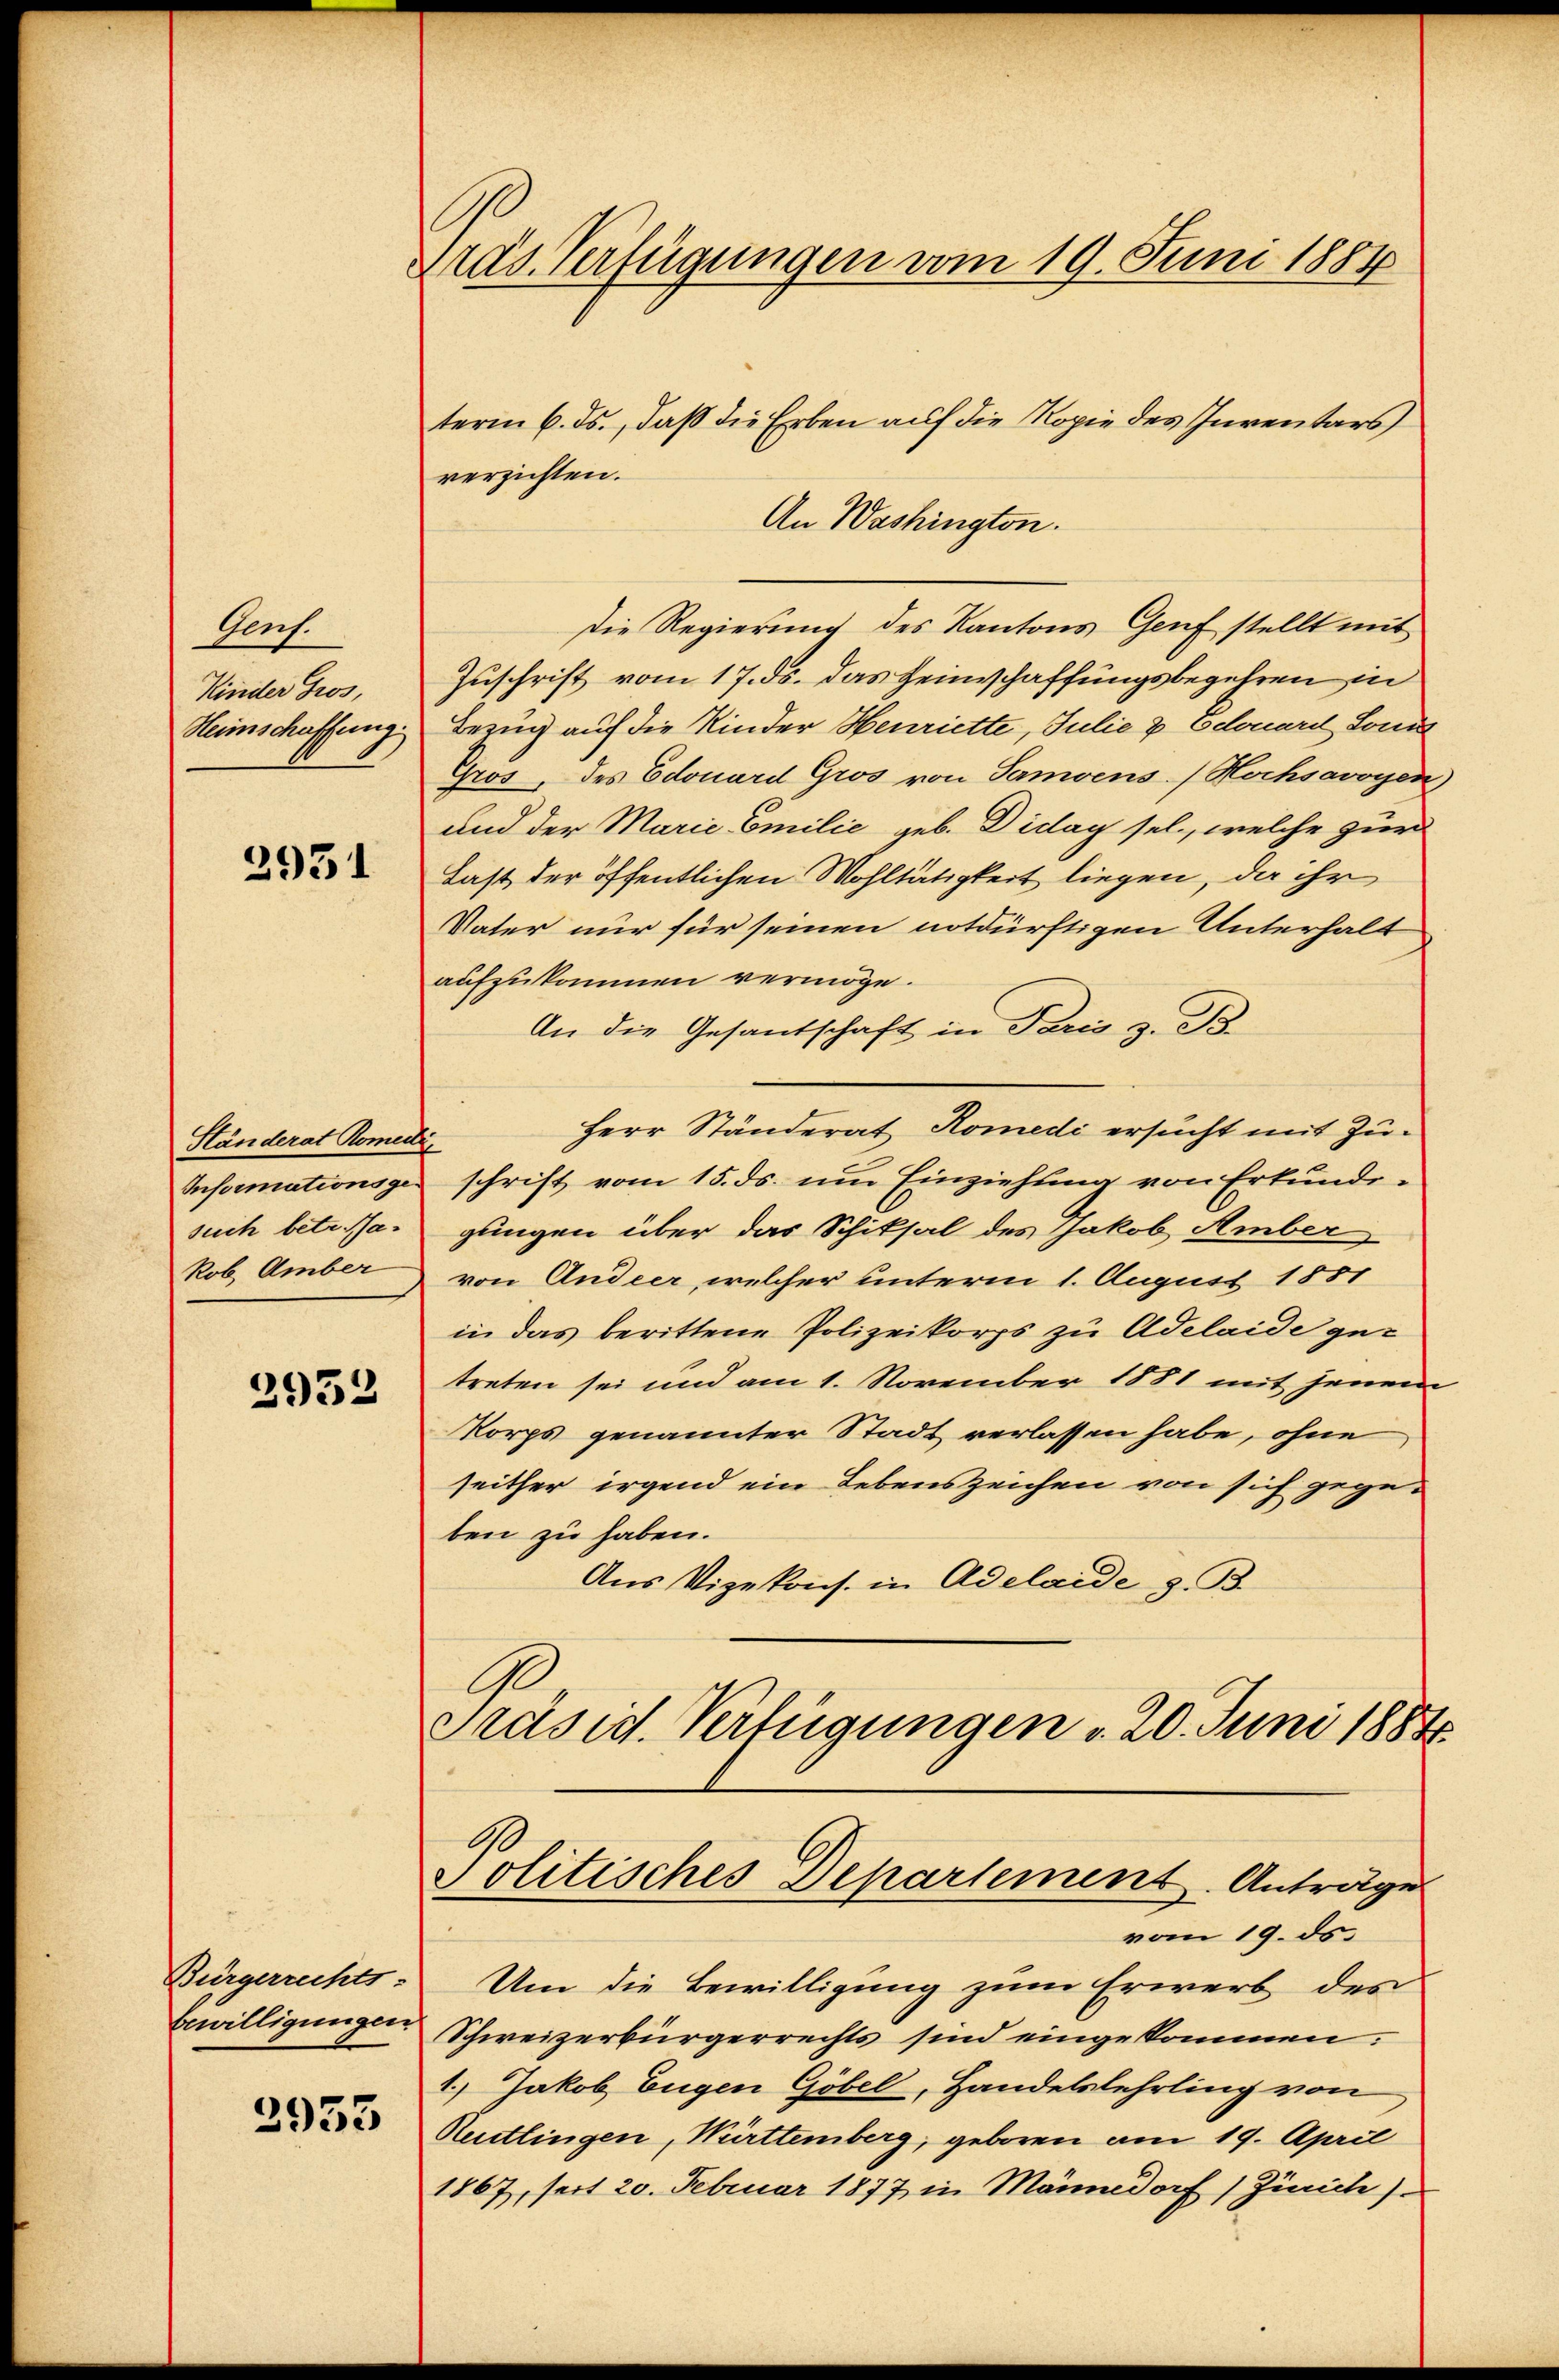
Aus.
Kinder Gros,
Heimschaffung

2931

Ständerat Romede
Informationsgesuch betr. Ha¬
Rob. Amber

2952

Bürgerrechts-
bewilligungen

3953

Gras Verfügungen vom 19. Juni 1884

term 6. ds., daß die Erben auf die Kopie des Inventars
verzichten.
An Washington.
Die Regierung des Kantons Genf stellt mit
Zuschrift vom 17. ds. das Heimschaffungsbegehren in
Bezug auf die Kinder Henriette, Julie & Edouard Sonn
Gros, des Edouard Gros von Samvens (Hochsavoyen
und der Marie Emilie geb. Diday sel., welche zur
Last der öffentlichen Wohltätigkeit liegen, da ihr
Vater nur für seinen notdürftigen Unterhalt
aufzukommen vermöge.
An die Gesantschaft in Paris z. B.
Herr Ständerat Romedi ersucht mit Zuschrift vom 15. ds. um Einziehung von Erkundiglingen über das Schiksal des Jakob Amber
von Andeer, welcher unterm 1. August 1851
in das berittene Polizeikorps zu Adelaide getreten sei und am 1. November 1881 mit jenem
Korps genannter Stadt verlassen habe, ohne
seither irgend ein Lebenszeichen von sich gegeben zu haben.
Aus Vizekons. in Adelaide z. B.
C
Präsid. Verfügungen " 20. Juni 1884.

Politisches Departement. Antrages

vom 19. ds.
Um die Bewilligung zum Erwerb des
Schweizerbürgerrechts sind eingekommen.
1.) Jakob Eugen Göbel, Handelslehrling von
Reutlingen, Württemberg, geboren am 19. April
1867, seit 20. Februar 1877 in Männedorf (Zimite)